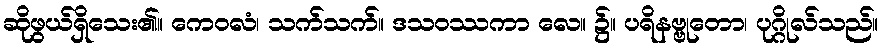
ဆိုဖွယ်ရှိသေး၏။ ကေဝလံ၊ သက်သက်။ ဒသဝဿကာ လေ။ ၌။ ပရိနဗ္ဗုတော၊ ပုဂ္ဂိုလ်သည်။